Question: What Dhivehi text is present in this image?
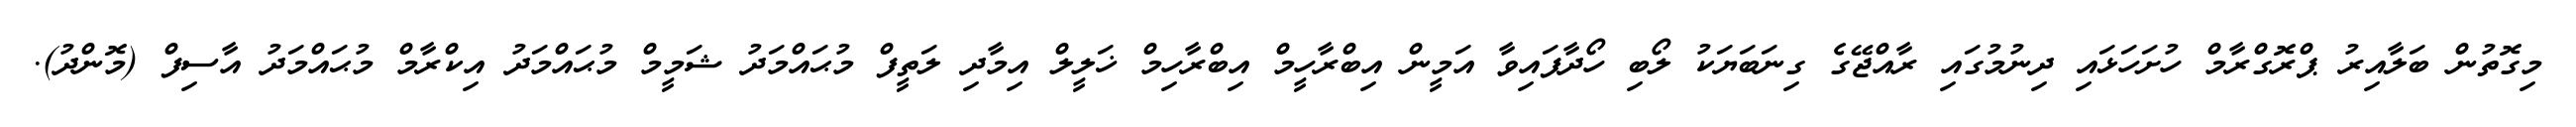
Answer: މިގޮތުން ބަލާއިރު ޕްރޮގްރާމް ހުށަހަޅައި ދިނުމުގައި ރާއްޖޭގެ ގިނަބަޔަކު ލޯބި ހޯދާފައިވާ އަމީން އިބްރާހީމް އިބްރާހިމް ޚަލީލް އިމާދި ލަތީފް މުޙައްމަދު ޝަމީމް މުޙައްމަދު އިކްރާމް މުޙައްމަދު އާސިފް (މޮންދު).